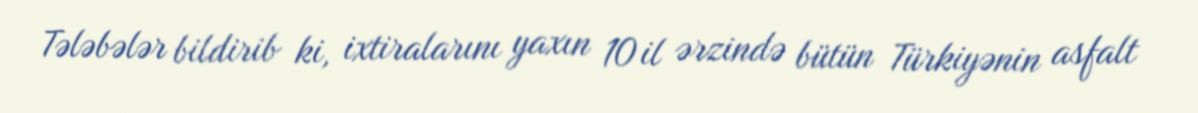
Tələbələr bildirib ki, ixtiralarını yaxın 10 il ərzində bütün Türkiyənin asfalt